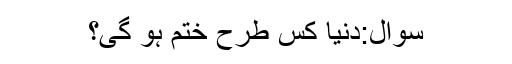
سوال:دنیا کس طرح ختم ہو گی؟